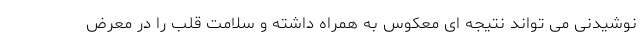
نوشیدنی می تواند نتیجه ای معکوس به همراه داشته و سلامت قلب را در معرض